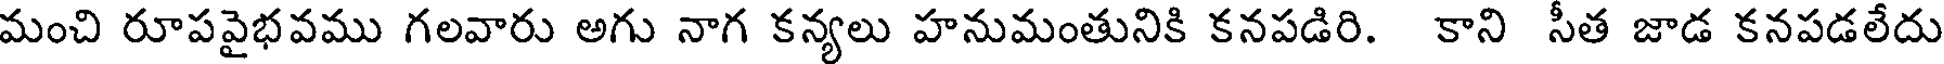
మంచి రూపవైభవము గలవారు అగు నాగ కన్యలు హనుమంతునికి కనపడిరి. కాని సీత జాడ కనపడలేదు